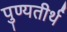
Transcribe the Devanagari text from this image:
पुण्यतीर्थ